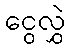
ငွေလွှဲ